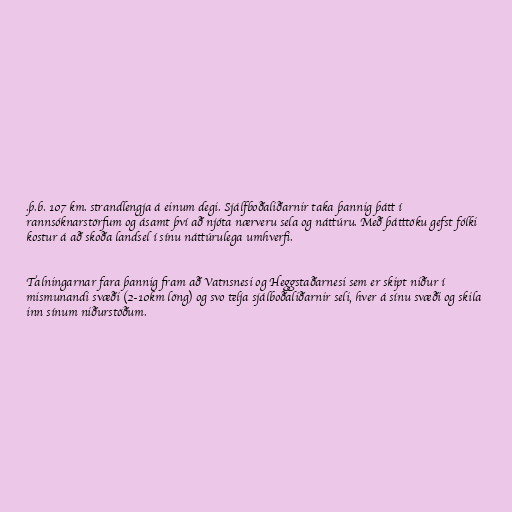
.þ.b. 107 km. strandlengja á einum degi. Sjálfboðaliðarnir taka þannig þátt í
rannsóknarstörfum og ásamt því að njóta nærveru sela og náttúru. Með þátttöku gefst fólki
kostur á að skoða landsel í sínu náttúrulega umhverfi.

Talningarnar fara þannig fram að Vatnsnesi og Heggstaðarnesi sem er skipt niður í
mismunandi svæði (2-10km löng) og svo telja sjálboðaliðarnir seli, hver á sínu svæði og skila
inn sínum niðurstöðum.